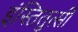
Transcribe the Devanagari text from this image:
इंस्तितुत्सी